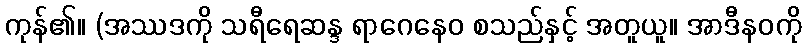
ကုန်၏။ (အဿဒကို သရီရေဆန္ဒ ရာဂေနေဝ စသည်နှင့် အတူယူ။ အာဒီနဝကို